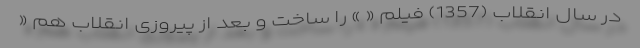
در سال انقلاب (1357) فیلم « » را ساخت و بعد از پیروزی انقلاب هم «